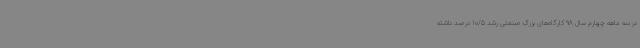
در سه ماهه چهارم سال 98 کارگاه‌های بزرگ صنعتی رشد 10/5 درصد داشته